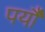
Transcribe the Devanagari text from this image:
पर्यौ